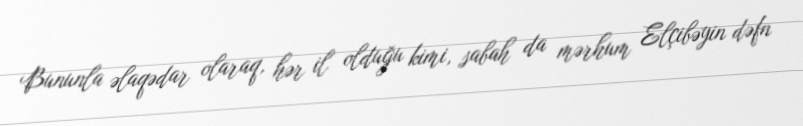
Bununla əlaqədar olaraq, hər il olduğu kimi, sabah da mərhum Elçibəyin dəfn